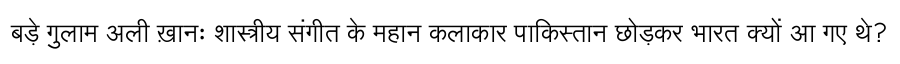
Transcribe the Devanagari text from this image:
बड़े गुलाम अली ख़ानः शास्त्रीय संगीत के महान कलाकार पाकिस्तान छोड़कर भारत क्यों आ गए थे?